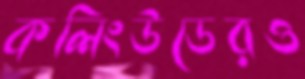
কলিংউডেরও